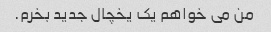
من می خواهم یک یخچال جدید بخرم.